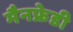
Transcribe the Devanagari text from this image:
मैनफ्रेडी